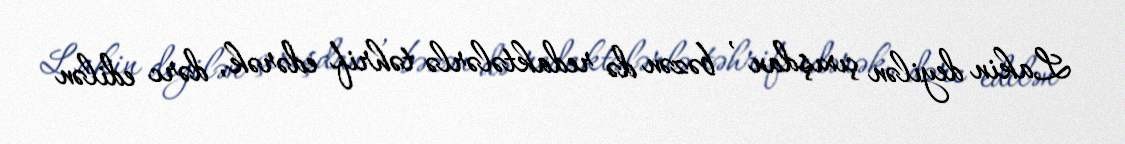
Lakin deyilən çıxışdan , bəzən də redaktələrlə təhrif edərək, dərc edilən